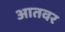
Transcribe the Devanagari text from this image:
आतवर